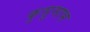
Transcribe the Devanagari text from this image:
कुसुमाभ